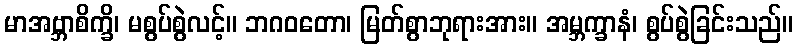
မာအဗ္ဘာစိက္ခိ၊ မစွပ်စွဲလင့်။ ဘဂဝတော၊ မြတ်စွာဘုရားအား။ အမ္ဘက္ခာနံ၊ စွပ်စွဲခြင်းသည်။